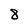
Character: 8